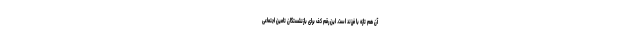
آن هم تازه با فرزند است. این رقم کف برای بازنشستگان تامین اجتماعی